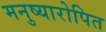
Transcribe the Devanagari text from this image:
मनुष्यारोपित